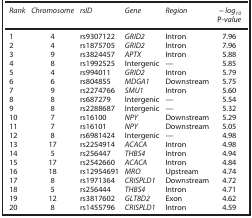
<table><thead><tr><td><b><i>Rank</i></b></td><td><b><i>Chromosome</i></b></td><td><b><i>rsID</i></b></td><td><b><i>Gene</i></b></td><td><b><i>Region</i></b></td><td><b><i>−log</i><sub><i>10</i></sub> P<i>-value</i></b></td></tr></thead><tbody><tr><td>1</td><td>4</td><td>rs9307122</td><td><i>GRID2</i></td><td>Intron</td><td>7.96</td></tr><tr><td>2</td><td>4</td><td>rs1875705</td><td><i>GRID2</i></td><td>Intron</td><td>7.96</td></tr><tr><td>3</td><td>9</td><td>rs3824457</td><td><i>APTX</i></td><td>Intron</td><td>5.88</td></tr><tr><td>4</td><td>8</td><td>rs1992525</td><td>Intergenic</td><td>—</td><td>5.85</td></tr><tr><td>5</td><td>4</td><td>rs994011</td><td><i>GRID2</i></td><td>Intron</td><td>5.79</td></tr><tr><td>6</td><td>6</td><td>rs804855</td><td><i>MDGA1</i></td><td>Downstream</td><td>5.75</td></tr><tr><td>7</td><td>9</td><td>rs2274766</td><td><i>SMU1</i></td><td>Intron</td><td>5.60</td></tr><tr><td>8</td><td>8</td><td>rs687279</td><td>Intergenic</td><td>—</td><td>5.54</td></tr><tr><td>9</td><td>8</td><td>rs2288687</td><td>Intergenic</td><td>—</td><td>5.32</td></tr><tr><td>10</td><td>7</td><td>rs16100</td><td><i>NPY</i></td><td>Downstream</td><td>5.29</td></tr><tr><td>11</td><td>7</td><td>rs16101</td><td><i>NPY</i></td><td>Downstream</td><td>5.05</td></tr><tr><td>12</td><td>8</td><td>rs6981424</td><td>Intergenic</td><td>—</td><td>4.98</td></tr><tr><td>13</td><td>17</td><td>rs2254914</td><td><i>ACACA</i></td><td>Intron</td><td>4.98</td></tr><tr><td>14</td><td>5</td><td>rs256447</td><td><i>THBS4</i></td><td>Intron</td><td>4.94</td></tr><tr><td>15</td><td>17</td><td>rs2542660</td><td><i>ACACA</i></td><td>Intron</td><td>4.84</td></tr><tr><td>16</td><td>18</td><td>rs12954691</td><td><i>MRO</i></td><td>Upstream</td><td>4.74</td></tr><tr><td>17</td><td>8</td><td>rs1971364</td><td><i>CRISPLD1</i></td><td>Downstream</td><td>4.72</td></tr><tr><td>18</td><td>5</td><td>rs256444</td><td><i>THBS4</i></td><td>Intron</td><td>4.71</td></tr><tr><td>19</td><td>12</td><td>rs3817602</td><td><i>GLT8D2</i></td><td>Exon</td><td>4.62</td></tr><tr><td>20</td><td>8</td><td>rs1455796</td><td><i>CRISPLD1</i></td><td>Intron</td><td>4.59</td></tr></tbody></table>